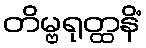
တိမ္ဗရုတ္ထနိံ